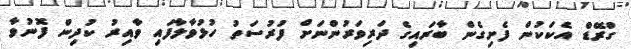
ގްރޭޑް އެކަކުން ފެށިގެން ބާރައިގެ ދަރިވަރުންނަށް ފުރުސަތު ހުޅުވާލާފައި ވާއިރު ކުދިން ފޮނުވާ